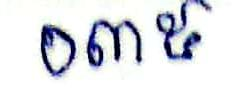
០៣៥